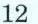
12